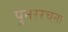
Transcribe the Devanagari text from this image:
पुनररचना